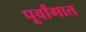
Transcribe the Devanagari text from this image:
पूर्वांगात